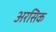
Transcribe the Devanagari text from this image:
अरसिक